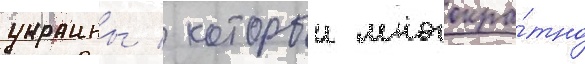
украины / которыи многокра́тно